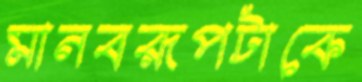
মানবরূপটাকে